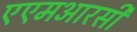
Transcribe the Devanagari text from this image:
एएमआरसी